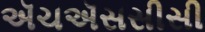
ઍચઍસસીસી